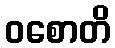
ဝစောတိ